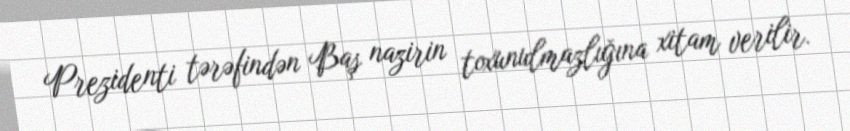
Prezidenti tərəfindən Baş nazirin toxunulmazlığına xitam verilir.